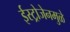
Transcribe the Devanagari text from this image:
ईस्ट्रोजेनमुळे